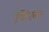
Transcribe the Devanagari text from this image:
थिला